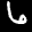
Label: 6